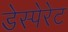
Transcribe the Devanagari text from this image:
डेस्पेरेट